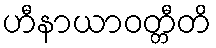
ဟီနာယာဝတ္တီတိ